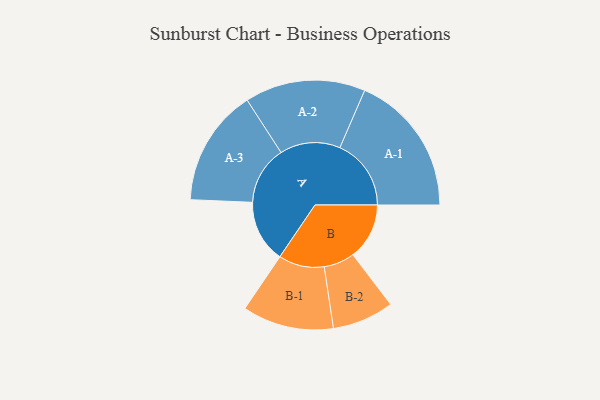
{"axis": {"x": "Segment", "y": "Value"}, "legend": ["", "A", "B"], "data": [{"x": "A", "y": 239, "type": ""}, {"x": "B", "y": 216, "type": ""}, {"x": "A-1", "y": 273, "type": "A"}, {"x": "A-2", "y": 231, "type": "A"}, {"x": "A-3", "y": 224, "type": "A"}, {"x": "B-1", "y": 175, "type": "B"}, {"x": "B-2", "y": 118, "type": "B"}]}